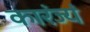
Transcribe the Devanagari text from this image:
कारंज्यं